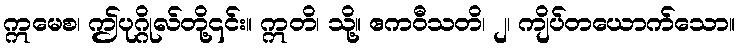
ဣမေစ၊ ဤပုဂ္ဂိုလ်တို့၎င်း။ ဣတိ၊ သို့။ ဧကဝီသတိ၊ ၂၊ ကျိပ်တယောက်သော။